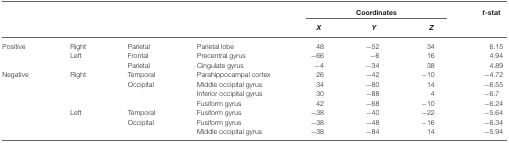
|  |  |  |  | <COLSPAN=3> Coordinates | t-stat |
 |  |  |  |  | X | Y | Z |
 | --- | --- | --- | --- | --- | --- | --- | --- |
 | Positive | Right | Parietal | Parietal lobe | 48 | −52 | 34 | 6.15 |
 |  | Left | Frontal | Precentral gyrus | −66 | −6 | 16 | 4.94 |
 |  |  | Parietal | Cingulate gyrus | −4 | −34 | 38 | 4.89 |
 | Negative | Right | Temporal | Parahippocampal cortex | 26 | −42 | −10 | −4.72 |
 |  |  | Occipital | Middle occipital gyrus | 34 | −80 | 14 | −6.55 |
 |  |  |  | Inferior occipital gyrus | 30 | −88 | 4 | −6.7 |
 |  |  |  | Fusiform gyrus | 42 | −68 | −10 | −6.24 |
 |  | Left | Temporal | Fusiform gyrus | −38 | −40 | −22 | −5.64 |
 |  |  | Occipital | Fusiform gyrus | −38 | −48 | −16 | −6.34 |
 |  |  |  | Middle occipital gyrus | −38 | −84 | 14 | −5.94 |